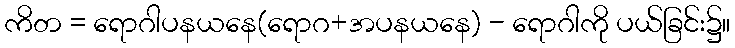
ကိတ = ရောဂါပနယနေ(ရောဂ+အပနယနေ) - ရောဂါကို ပယ်ခြင်း၌။